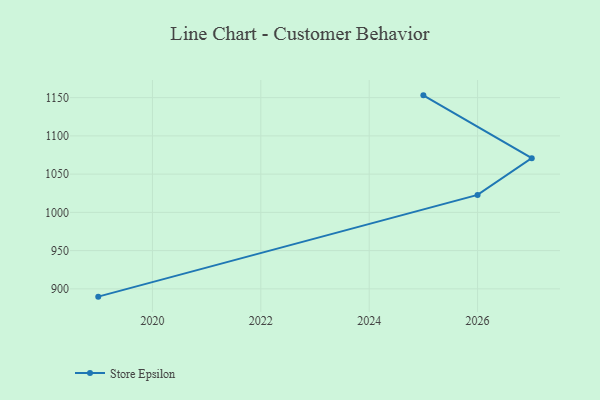
{"axis": {"x": "Year", "y": "Backlog"}, "legend": ["Store Epsilon"], "data": [{"x": "2025", "y": 1153.0, "type": "Store Epsilon"}, {"x": "2027", "y": 1070.9, "type": "Store Epsilon"}, {"x": "2026", "y": 1022.8, "type": "Store Epsilon"}, {"x": "2019", "y": 889.8, "type": "Store Epsilon"}]}